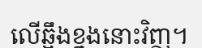
លើឆ្អឹងខ្នងនោះវិញ។